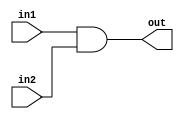
module andgate(in1,in2,out);
input in1;
input in2;
output out;
assign out=in1&in2;
endmodule